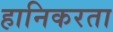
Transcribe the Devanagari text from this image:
हानिकरता